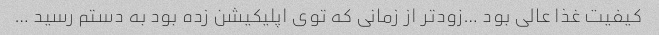
کیفیت غذا عالی بود …زودتر از زمانی که توی اپلیکیشن زده بود به دستم رسید …